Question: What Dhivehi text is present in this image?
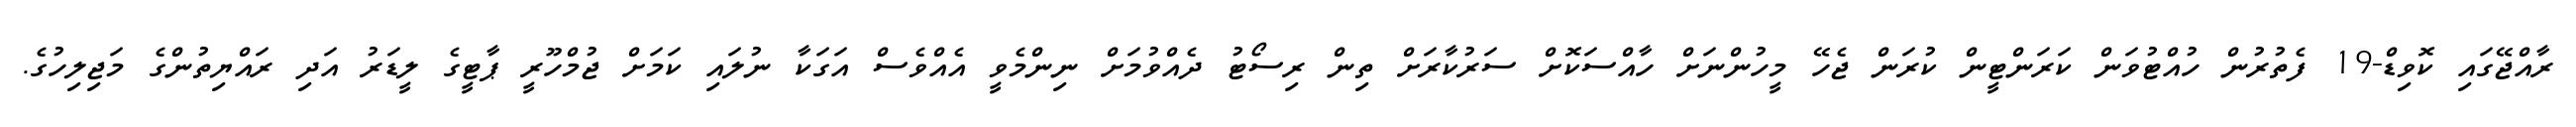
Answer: ރާއްޖޭގައި ކޮވިޑް-19 ފެތުރުން ހުއްޓުވަން ކަރަންޓީން ކުރަން ޖެހޭ މީހުންނަށް ހާއްސަކޮށް ސަރުކާރަށް ތިން ރިސޯޓު ދެއްވުމަށް ނިންމެވީ އެއްވެސް އަގަކާ ނުލައި ކަމަށް ޖުމްހޫރީ ޕާޓީގެ ލީޑަރު އަދި ރައްޔިތުންގެ މަޖިލިހުގެ.